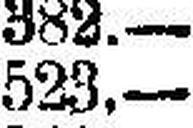
523.—